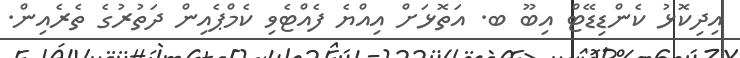
އިދިކޮޅު ކެންޑިޑޭޓް އިބޫ ބ. އަތޮޅަށް އިއްޔެ ފެއްޓެވި ކެމްޕެއިން ދަތުރުގެ ތެރެއިން.